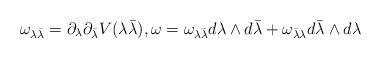
LaTeX: \begin{align*}{\omega_{\lambda {\bar{\lambda}}}} = {\partial_\lambda}{\partial_{\bar{\lambda}}} V(\lambda {\bar{\lambda}}), \omega = {\omega_{\lambda {\bar{\lambda}}}} d\lambda\wedge d{\bar{\lambda}} + {\omega_{{\bar{\lambda}}{\lambda}}} d{\bar{\lambda}}\wedge d{\lambda}\end{align*}